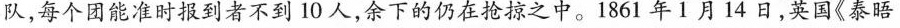
队，每个团能准时报到者不到10人，余下的仍在抢掠之中。1861年1月14日，英国《泰晤